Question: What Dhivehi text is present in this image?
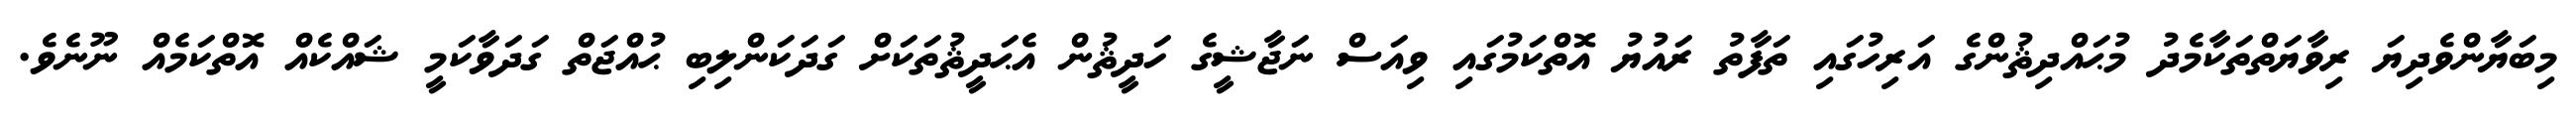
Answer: މިބަޔާންވެދިޔަ ރިވާޔަތްތަކާމެދު މުޙައްދިޘުންގެ އަރިހުގައި ތަފާތު ރައުޔު އޮތްކަމުގައި ވިއަސް ނަޖާޝީގެ ހަދީޘުން އެޙަދީޘުތަކަށް ގަދަކަންލިބި ޙުއްޖަތް ގަދަވާކަމީ ޝައްކެއް އޮތްކަމެއް ނޫނެވެ.